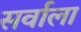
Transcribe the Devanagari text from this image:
सर्वाला